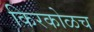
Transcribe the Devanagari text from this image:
किरकोळच